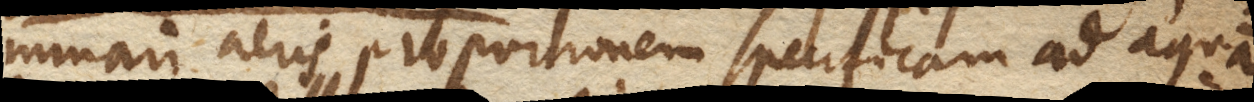
minari aeris proportionem specificam ad aquam